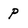
Character: P